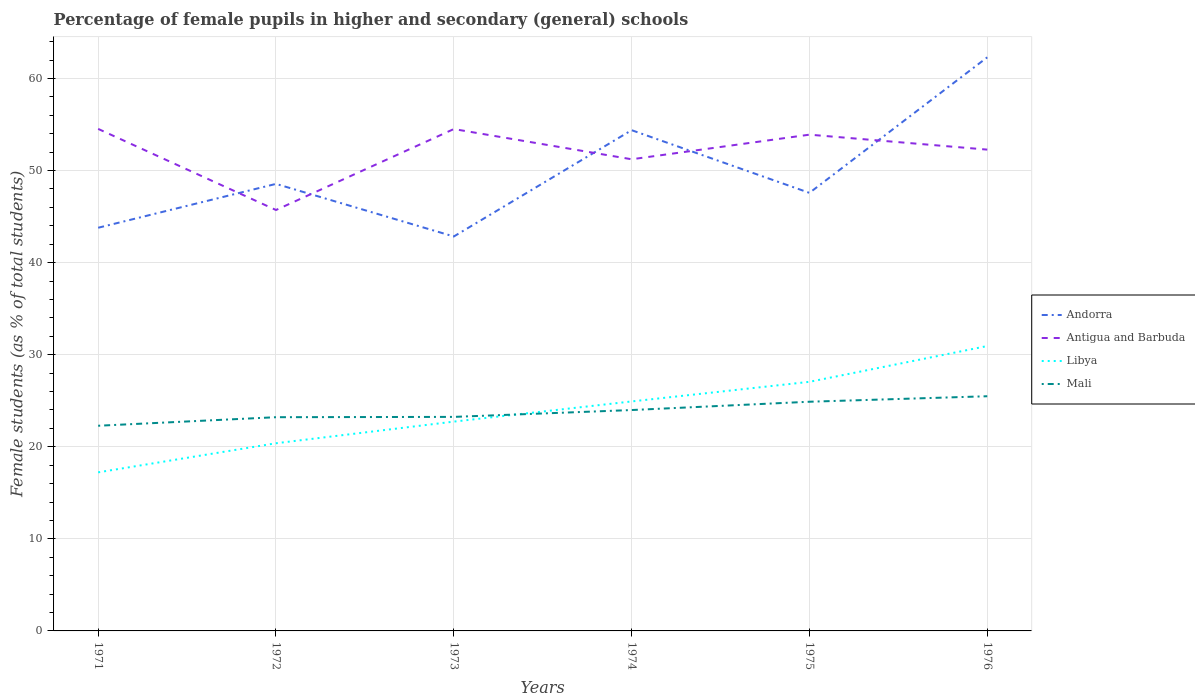
| Years | Andorra | Antigua and Barbuda | Libya | Mali |
 | --- | --- | --- | --- | --- |
 | 1971 | 43.8 | 54.5 | 17.2 | 22.3 |
 | 1972 | 48.5 | 45.7 | 20.4 | 23.2 |
 | 1973 | 42.8 | 54.5 | 22.7 | 23.2 |
 | 1974 | 54.4 | 51.2 | 24.9 | 24 |
 | 1975 | 47.6 | 53.9 | 27.1 | 24.9 |
 | 1976 | 62.3 | 52.3 | 30.9 | 25.5 |